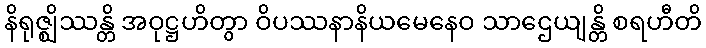
နိရုဇ္ဈိဿန္တိ အဝုဋ္ဌဟိတွာ ဝိပဿနာနိယမေနေဝ သာဌေယျန္တိ စရဟီတိ